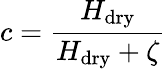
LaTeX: c=\frac{H_{\mathrm{dry}}}{H_{\mathrm{dry}}+\zeta}